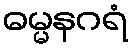
ဓမ္မနဂရံ